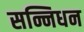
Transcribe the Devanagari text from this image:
सन्निधन